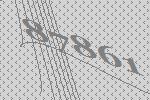
87861